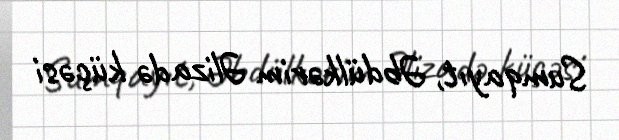
Sumqayıt, Əbdülkərim Əlizadə küçəsi